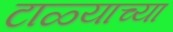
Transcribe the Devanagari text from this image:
टाळ्याच्या